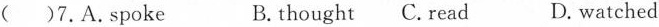
( )7.A.Spoke B.thought C.Read D. watched